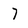
Character: 7